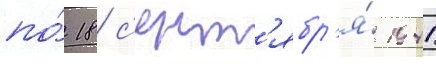
по́ 18 с'ент'ябр'я́ 1941